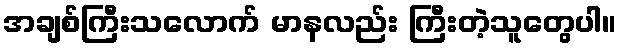
အချစ်ကြီးသလောက် မာနလည်း ကြီးတဲ့သူတွေပါ။